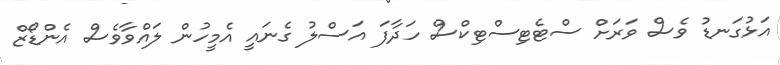
އަޅުގަނޑު ވެސް ވަރަށް ސްޓެޓިސްޓިކްސް ހަދާފަ އަސްލު ގެނައީ އެމީހުން ލައްވާވެސް އެންޑޯޒް